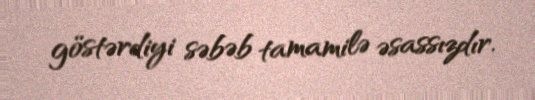
göstərdiyi səbəb tamamilə əsassızdır.